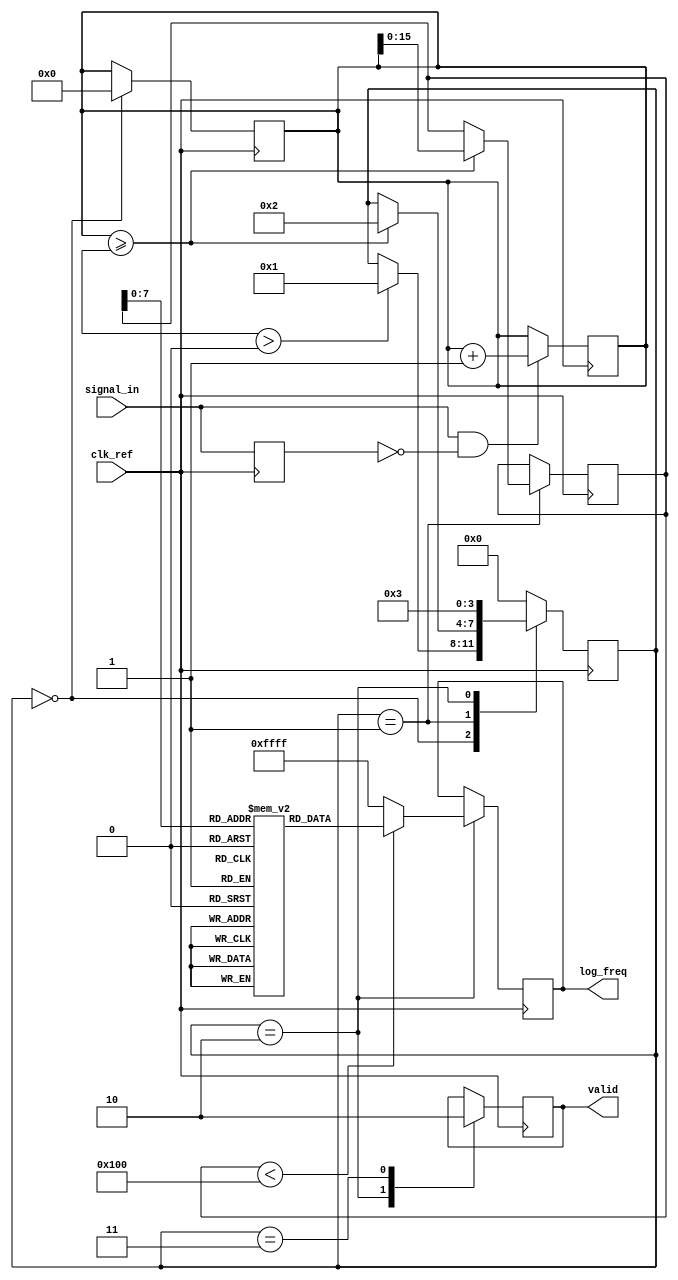
module LogarithmicFrequencyDetector (
    input wire clk_ref,          // Reference clock
    input wire signal_in,        // Input signal
    output reg [15:0] log_freq,  // Logarithmic frequency output
    output reg valid             // Validity flag
);

    reg [31:0] edge_count;       // Edge count
    reg [15:0] time_period;      // Time period in clock cycles
    reg [31:0] internal_count;   // Internal count for edges
    reg [15:0] log_lookup [0:255]; // Lookup table for logarithm values
    reg [3:0] state;             // State variable for FSM
    reg [15:0] new_freq;         // New frequency value

    // State encoding
    localparam IDLE = 0, COUNT = 1, CALCULATE = 2, OUTPUT = 3;

    // Initialize the logarithm lookup table
    initial begin
        // Populate the log_lookup table with precomputed logarithmic values
        log_lookup[0] = 16'h0000;  // log(1) = 0
        // Fill in values for log(2) to log(256) as necessary
        log_lookup[1] = 16'h0000;
        log_lookup[2] = 16'h0001;  // log(2) = 1
        log_lookup[3] = 16'h0001;  // log(3) ~ 1.585
        // ... Add values up to log(255)
        log_lookup[255] = 16'h00FF; // Example value
    end

    // Edge detection logic
    reg signal_prev = 0;
    always @(posedge clk_ref) begin
        if (signal_in && !signal_prev) begin
            edge_count <= edge_count + 1; // Count rising edges
        end
        signal_prev <= signal_in; // Store previous signal state
    end

    // State machine for counting and calculating frequency
    always @(posedge clk_ref) begin
        case (state)
            IDLE: begin
                edge_count <= 0; // Reset edge count
                if (time_period > 0) begin
                    state <= COUNT;
                end
            end

            COUNT: begin
                // Wait for a time period
                if (edge_count >= time_period) begin
                    new_freq <= edge_count; // Capture the edge count
                    state <= CALCULATE;     // Move to calculate state
                end
            end

            CALCULATE: begin
                // Convert edge count to logarithmic frequency
                if (new_freq < 256) begin  // Ensure within bounds of lookup table
                    log_freq <= log_lookup[new_freq]; // Get log value
                end else begin
                    log_freq <= 16'hFFFF; // Indicate out of range
                end
                valid <= 1; // Set valid flag
                state <= OUTPUT; // Move to output state
            end

            OUTPUT: begin
                valid <= 0; // Reset valid flag
                state <= IDLE; // Go back to idle
            end

            default: state <= IDLE; // Default to IDLE state
        endcase
    end

endmodule